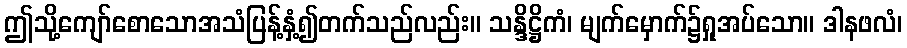
ဤသို့ကျော်စောသောအသံပြန့်နှံ့၍တက်သည်လည်း။ သန္ဒိဋ္ဌိကံ၊ မျက်မှောက်၌ရှုအပ်သော။ ဒါနဖလံ၊